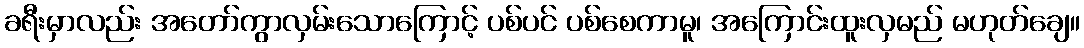
ခရီးမှာလည်း အတော်ကွာလှမ်းသောကြောင့် ပစ်ပင် ပစ်စေကာမူ၊ အကြောင်းထူးလှမည် မဟုတ်ချေ။